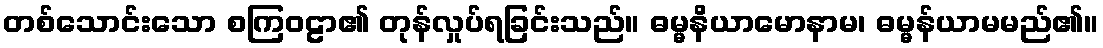
တစ်သောင်းသော စကြဝဠာ၏ တုန်လှုပ်ရခြင်းသည်။ ဓမ္မနိယာမောနာမ၊ ဓမ္မန်ယာမမည်၏။